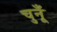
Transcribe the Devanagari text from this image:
चुनूँ